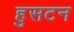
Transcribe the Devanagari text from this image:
हुसटन